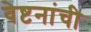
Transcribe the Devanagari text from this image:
वेष्टनांची